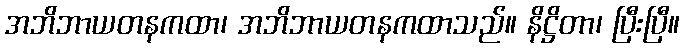
အဘိဘာယတနကထာ၊ အဘိဘာယတနကထာသည်။ နိဋ္ဌိတာ၊ ပြီးပြီ။